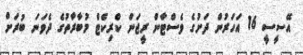
އޭސީސީ 16 އަހަރުން ދަށުގެ ވެސްޓާން ރީޖަން ކްރިކެޓް މުބާރާތުގެ ދެވަނަ ބުރަށް